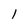
Character: I